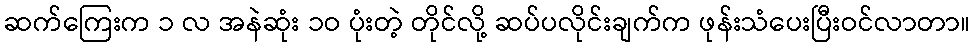
ဆက်ကြေးက ၁ လ အနဲဆုံး ၁ဝ ပုံးတဲ့ တိုင်လို့ ဆပ်ပလိုင်းချက်က ဖုန်းသံပေးပြီးဝင်လာတာ။